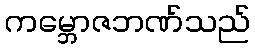
ကမ္ဘောဇဘဏ်သည်